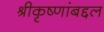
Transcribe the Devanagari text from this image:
श्रीकृष्णांबद्दल